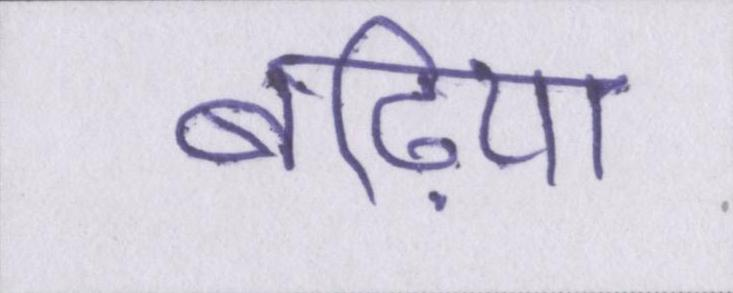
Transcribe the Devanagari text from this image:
बढि़या